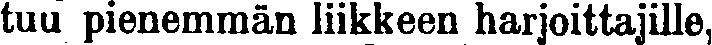
tuu pienemmän liikkeen harjoittajille,